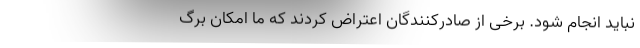
نباید انجام شود. برخی از صادرکنندگان اعتراض کردند که ما امکان برگ